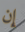
إن